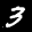
Label: 3